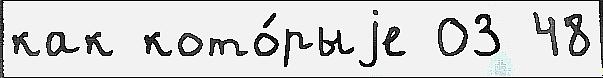
как кото́рыjе 03 48